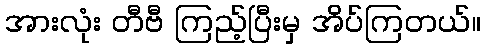
အားလုံး တီဗီ ကြည့်ပြီးမှ အိပ်ကြတယ်။